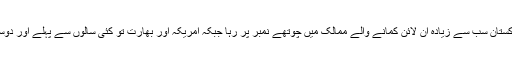
2014 ء میں او ڈیسک کی فہرست کے مطابق پاکستان سب سے زیادہ آن لائن کمانے والے ممالک میں چوتھے نمبر پر رہا جبکہ امریکہ اور بھارت تو کئی سالوں سے پہلے اور دوسرے نمبر کی پوزیشن پر قبضہ جمائے ہوئے ہیں۔